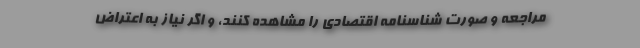
مراجعه و صورت شناسنامه اقتصادی را مشاهده کنند، و اگر نیاز به اعتراض